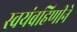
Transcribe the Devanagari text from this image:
स्वयंबहिणीने